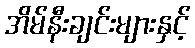
အိမ်နီးချင်းများနှင့်